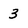
Character: 3